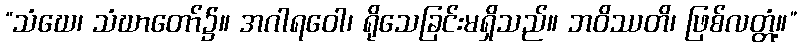
“သံဃေ၊ သံဃာတော်၌။ အဂါရဝေါ၊ ရိုသေခြင်းမရှိသည်။ ဘဝိဿတိ၊ ဖြစ်လတ္တံ့။”